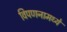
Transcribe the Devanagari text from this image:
विपणनामध्ये